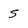
Character: s